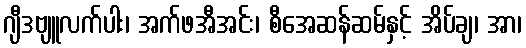
ဂျီဒဗျူလက်ပါး၊ အက်ဖအီအင်း၊ စီအေဆန်ဆမ်နှင့် အိပ်ချ၊ အာ၊